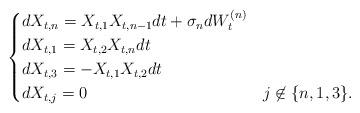
LaTeX: \begin{align*} \begin{cases}dX_{t,n} = X_{t,1}X_{t,n-1}dt + \sigma_n dW_t^{(n)} \\ dX_{t,1} = X_{t,2}X_{t,n}dt \\ dX_{t,3} = -X_{t,1}X_{t,2}dt \\ dX_{t,j} = 0 & j \not \in \{n,1,3\}.\end{cases}\end{align*}